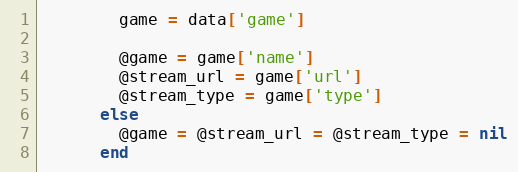
Language: Ruby
        game = data['game']

        @game = game['name']
        @stream_url = game['url']
        @stream_type = game['type']
      else
        @game = @stream_url = @stream_type = nil
      end